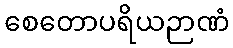
စေတောပရိယဉာဏံ